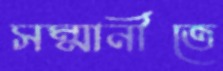
সম্মানীতে